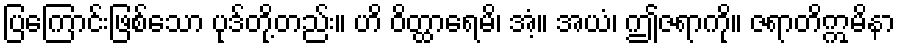
ပြကြောင်းဖြစ်သော ပုဒ်တို့တည်း။ ဟိ ဝိတ္ထာရေမိ၊ အံ့။ အယံ၊ ဤဇရာကို။ ဇရာတိဣမိနာ